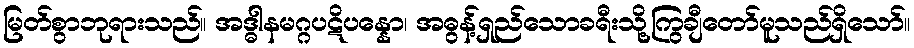
မြတ်စွာဘုရားသည်။ အဒ္ဓါနမဂ္ဂပဋိပန္နော၊ အဓွန့်ရှည်သောခရီးသို့ကြွချီတော်မူသည်ရှိသော်။